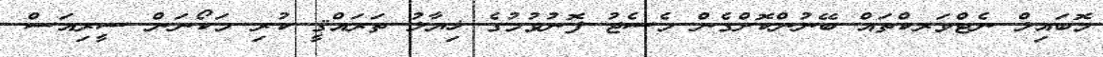
މޮބައިލް ނެޓްވަރކްތައް ބޭނުންކޮށްގެން މެސެޖު ފޮނުވުމުގެ ޚިޔާލު ތަރައްޤީ ކުރި މަކޯނަން ސީރިއަސް